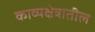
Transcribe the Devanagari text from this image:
काव्यक्षेत्रातील